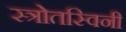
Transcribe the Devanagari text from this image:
स्त्रोतस्विनी